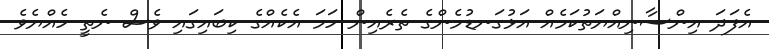
އެފަދަ އިންސާނިއްޔަތުކަމެއް އަޅުގަނޑުމެންގެ ތެރެއިން ހަމަ އެކެއްގެ ކިބައިގައި ވެސް ނެތީ ހެއްޔެވެ